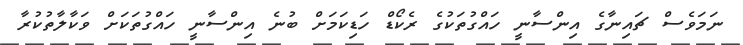
ނަމަވެސް ޗައިނާގެ އިންސާނީ ހައްގުތަކުގެ ރެކޯޑް ހަޑިކަމަށް ބުނެ އިންސާނީ ހައްގުތަކަށް ވަކާލާތުކުރާ